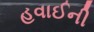
હવાઈની